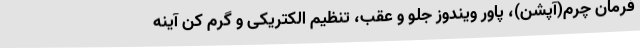
فرمان چرم(آپشن)، پاور ویندوز جلو و عقب، تنظیم الکتریکی و گرم کن آینه